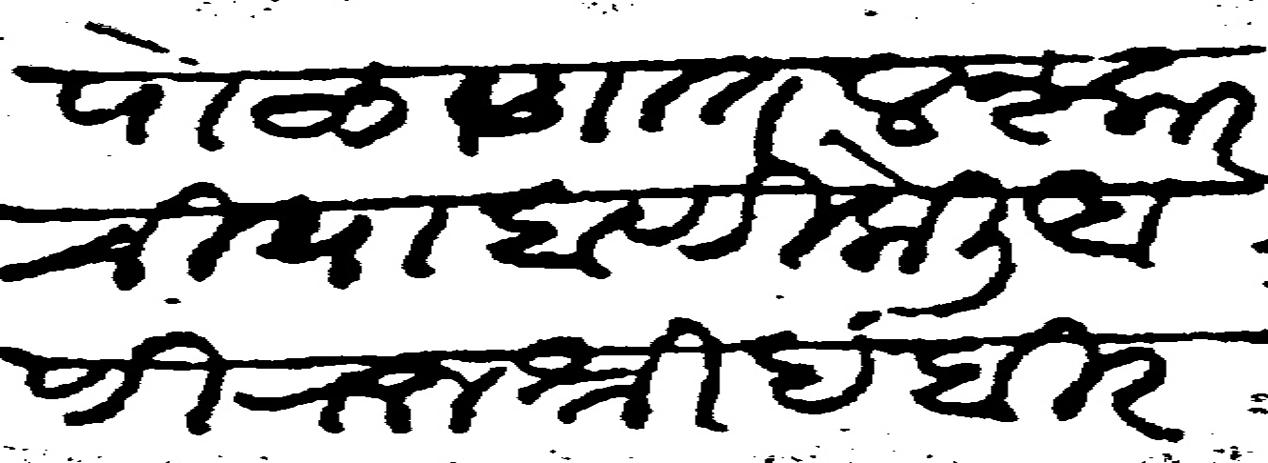
Transliteration (Devanagari): पोळणात लश्कर	ची पाहाणी केली आणि राजश्री हंबीर